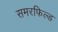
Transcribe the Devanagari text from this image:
समरफिल्ड